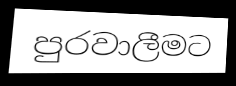
පුරවාලීමට